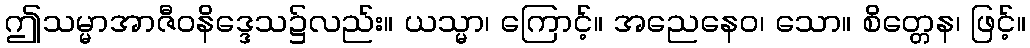
ဤသမ္မာအာဇီဝနိဒ္ဒေသ၌လည်း။ ယသ္မာ၊ ကြောင့်။ အညေနေဝ၊ သော။ စိတ္တေန၊ ဖြင့်။